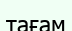
тағам